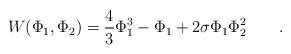
LaTeX: \begin{align*}W(\Phi_1 , \Phi_2)=\frac{4}{3}\Phi_1^3-\Phi_1+2\sigma\Phi_1\Phi_2^2 \qquad.\end{align*}